Vaccination North-Western Provinces 1866-1877 - 1866-1877
Year: 1866
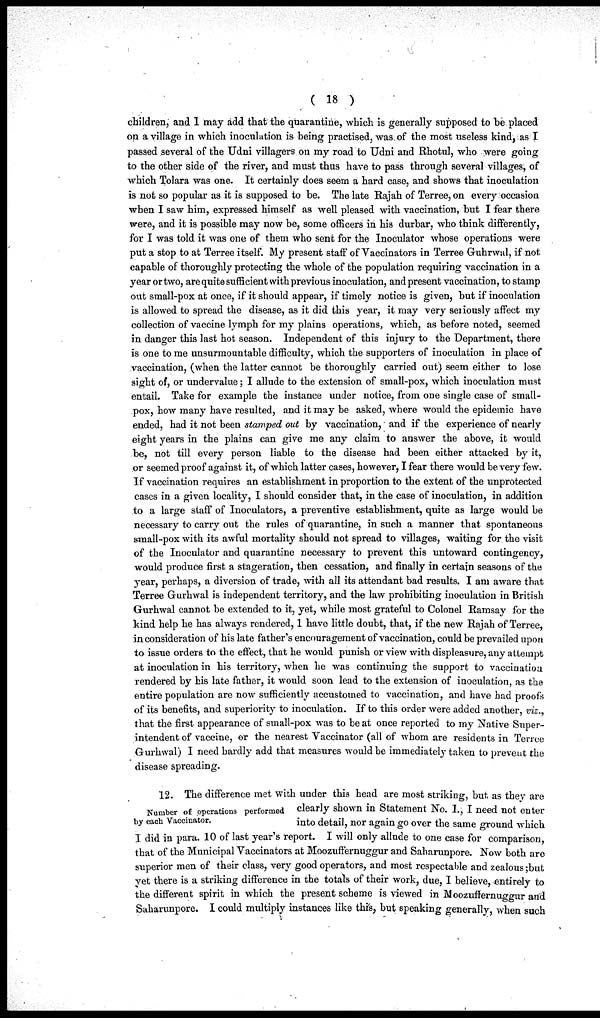
( 18 )
children, and 1 may add that the quarantine, which is generally supposed to be placed
on a village in which inoculation is being practised, was of the most useless kind, as I
passed several of the Udni villagers on my road to Udni and Rhotul, who were going
to the other side of the river, and must thus have to pass through several villages, of
which Tolara was one. It certainly does seem a hard case, and shows that inoculation
is not so popular as it is supposed to be. The late Rajah of Terree,on every occasion
when I saw him, expressed himself as well pleased with vaccination, but I fear there
were, and it is possible may now be, some officers in his durbar, who think differently,
for I was told it was one of them who sent for the Inoculator whose operations were
put a stop to at Terree itself. My present staff of Vaccinators in Terree Guhrwal, if not
capable of thoroughly protecting the whole of the population requiring vaccination in a
year or two, are quite sufficient with previous inoculation, and present vaccination, to stamp
out small-pox at once, if it should appear, if timely notice is given, but if inoculation
is allowed to spread the disease, as it did this year, it may very seriously affect my
collection of vaccine lymph for my plains operations, which, as before noted, seemed
in danger this last hot season. Independent of this injury to the Department, there
is one to me unsurmountable difficulty, which the supporters of inoculation in place of
vaccination, (when the latter cannot be thoroughly carried out) seem either to lose
sight of, or undervalue; I allude to the extension of small-pox, which inoculation must
entail. Take for example the instance under notice, from one single case of small-
pox, how many have resulted, and it may be asked, where would the epidemic have
ended, had it not been stamped out by vaccination, and if the experience of nearly
eight years in the plains can give me any claim to answer the above, it would
be, not till every person liable to the disease had been either attacked by it,
or seemed proof against it, of which latter cases, however, I fear there would be very few.
If vaccination requires an establishment in proportion to the extent of the unprotected
cases in a given locality, I should consider that, in the case of inoculation, in addition
to a large staff of Inoculators, a preventive establishment, quite as large would be
necessary to carry out the rules of quarantine, in such a manner that spontaneous
small-pox with its awful mortality should not spread to villages, waiting for the visit
of the Inoculator and quarantine necessary to prevent this untoward contingency,
would produce first a stageration, then cessation, and finally in certain seasons of the
year, perhaps, a diversion of trade, with all its attendant bad results. I am aware that
Terree Gurhwal is independent territory, and the law prohibiting inoculation in British
Gurhwal cannot be extended to it, yet, while most grateful to Colonel Ramsay for the
kind help he has always rendered, 1 have little doubt, that, if the new Rajah of Terree,
in consideration of his late father's encouragement of vaccination, could be prevailed upon
to issue orders to the effect, that he would punish or view with displeasure, any attempt
at inoculation in his territory, when he was continuing the support to vaccination
rendered by his late father, it would soon lead to the extension of inoculation, as the
entire population are now sufficiently accustomed to vaccination, and have had proofs
of its benefits, and superiority to inoculation. If to this order were added another, viz.
that the first appearance of small-pox was to be at once reported to my Native Super-
intendent of vaccine, or the nearest Vaccinator (all of whom are residents in Terree
Gurhwal) I need hardly add that measures would be immediately taken to prevent the
disease spreading.
Number of operations performed
by each Vaccinator.
12. The difference met with under this head are most striking, but as they are
clearly shown in Statement No. I., I need not enter
into detail, nor again go over the same ground which
I did in para. 10 of last year's report. I will only allude to one case for comparison,
that of the Municipal Vaccinators at Moozuffernuggur and Saharunpore. Now both are
superior men of their class, very good operators, and most respectable and zealous ;but
yet there is a striking difference in the totals of their work, due, I believe, entirely to
the different spirit in which the present scheme is viewed in Moozuffernuggur and
Saharunpore. I could multiply instances like this, but speaking generally, when such